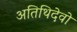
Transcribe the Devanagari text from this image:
अतिथिदेवो